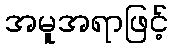
အမူအရာဖြင့်